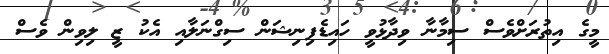
މީގެ އިތުރަށްވެސް ސިމާނާ ވިދާޅުވީ ހައިޑެފިނިޝަން ސިގްނަލާއި އެކު ޒީ ލިވިން ވެސް